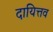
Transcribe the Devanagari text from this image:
दायित्तव